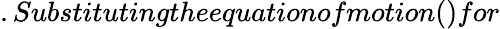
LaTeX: .Substitutingtheequationofmotion()for